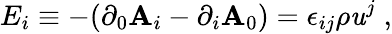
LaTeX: E_{i}\equiv-(\partial_{0}\mathbf{A}_{i}-\partial_{i}\mathbf{A}_{0})=\epsilon_{ij}\rho\mathit{u}^{j}\; ,